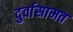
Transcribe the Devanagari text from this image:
दुर्वासामत